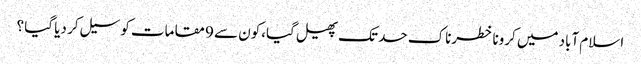
اسلام آباد میں کرونا خطرناک حد تک پھیل گیا،کون سے 9 مقامات کو سیل کر دیا گیا ؟